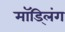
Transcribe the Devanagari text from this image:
मॉड्लिंग